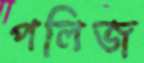
পলিজ